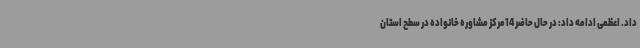
داد. اعظمی ادامه داد: در حال حاضر 14مرکز مشاوره خانواده در سطح استان